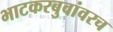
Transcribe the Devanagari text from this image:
भाटकरबुवांवरच